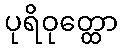
ပုရိဝုတ္ထော